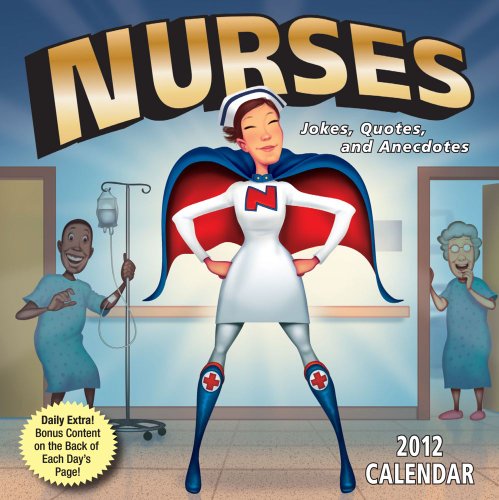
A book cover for Nurses: Jokes Quotes and Anecdotes: 2012 Day-to-Day Calendar; Andrews McMeel Publishing; Calendars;